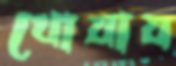
খোয়ায়